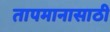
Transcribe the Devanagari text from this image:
तापमानासाठी